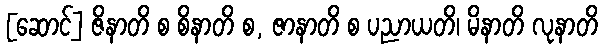
[ဆောင်] ဇိနာတိ စ စိနာတိ စ, ဇာနာတိ စ ပညာယတိ၊ မိနာတိ လုနာတိ